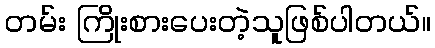
တမ်း ကြိုးစားပေးတဲ့သူဖြစ်ပါတယ်။